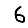
Digit: 6